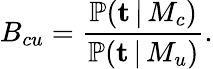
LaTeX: B_{cu}=\frac{\mathbb{P}(\textbf{t}\, |\, M_{c})}{\mathbb{P}(\textbf{t}\, |\, M_{u})}.